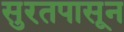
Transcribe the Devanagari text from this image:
सुरतपासून